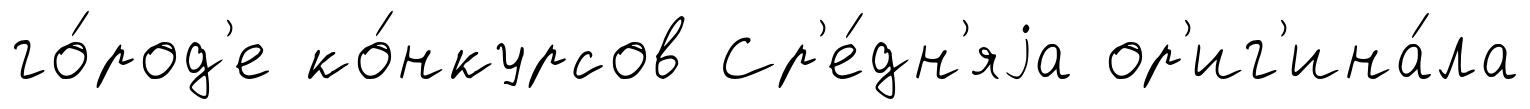
го́род'е ко́нкурсов Ср'е́дн'яjа ор'иг'ина́ла